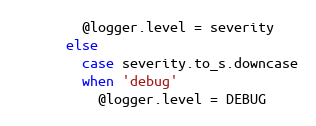
Language: Ruby
        @logger.level = severity
      else
        case severity.to_s.downcase
        when 'debug'
          @logger.level = DEBUG